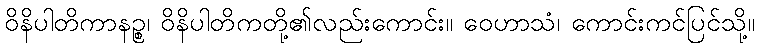
ဝိနိပါတိကာနဉ္စ၊ ဝိနိပါတိကတို့၏လည်းကောင်း။ ဝေဟာသံ၊ ကောင်းကင်ပြင်သို့။